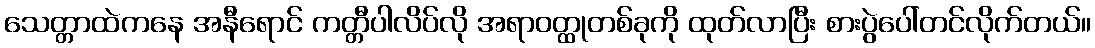
သေတ္တာထဲကနေ အနီရောင် ကတ္တီပါလိပ်လို အရာဝတ္ထုတစ်ခုကို ထုတ်လာပြီး စားပွဲပေါ်တင်လိုက်တယ်။